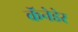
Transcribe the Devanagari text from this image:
कॅनेडेर